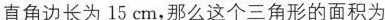
直角边长为15cm，那么这个三角形的面积为